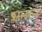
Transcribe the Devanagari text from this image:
सनान